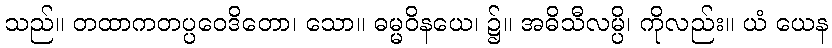
သည်။ တထာကတပ္ပဝေဒိတော၊ သော။ ဓမ္မဝိနယေ၊ ၌။ အဓိသီလမ္ပိ၊ ကိုလည်း။ ယံ ယေန